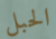
الحبل